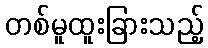
တစ်မူထူးခြားသည့်